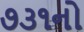
૭૩૧નો